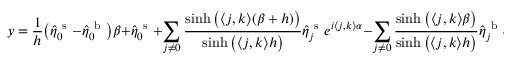
y = \frac { 1 } { h } \big ( \hat { \eta } _ { \boldsymbol 0 } ^ { \mathrm { ~ s ~ } } - \hat { \eta } _ { \boldsymbol 0 } ^ { \mathrm { ~ b ~ } } \big ) \beta + \hat { \eta } _ { \boldsymbol 0 } ^ { \mathrm { ~ s ~ } } + \sum _ { \boldsymbol j \neq \boldsymbol 0 } \frac { \sinh \big ( \langle \boldsymbol j , \boldsymbol k \rangle ( \beta + h ) \big ) } { \sinh \big ( \langle \boldsymbol j , \boldsymbol k \rangle h \big ) } \hat { \eta } _ { \boldsymbol j } ^ { \mathrm { ~ s ~ } } e ^ { i \langle \boldsymbol j , \boldsymbol k \rangle \alpha } - \sum _ { \boldsymbol j \neq \boldsymbol 0 } \frac { \sinh \big ( \langle \boldsymbol j , \boldsymbol k \rangle \beta \big ) } { \sinh \big ( \langle \boldsymbol j , \boldsymbol k \rangle h \big ) } \hat { \eta } _ { \boldsymbol j } ^ { \mathrm { ~ b ~ } } e ^ { i \langle \boldsymbol j , \boldsymbol k \rangle \alpha } .